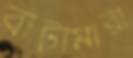
বাটামারা